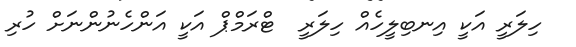
ހިލަރީ އަކީ އިނބިލީހެއް ހިލަރީ  ޓްރަމްޕް އަކީ އަންހެނުންނަށް ހުރި